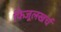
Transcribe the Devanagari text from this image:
फिजूलखर्च